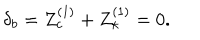
\delta _ { b } = Z _ { c } ^ { ( 1 ) } + Z _ { \kappa } ^ { ( 1 ) } = 0 .